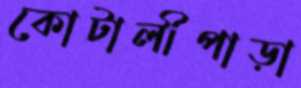
কোটালীপাড়া